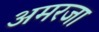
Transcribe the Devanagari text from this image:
अमरजा